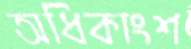
অধিকাংশ